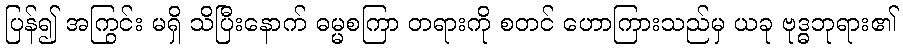
ပြန်၍ အကြွင်း မရှိ သိပြီးနောက် ဓမ္မစကြာ တရားကို စတင် ဟောကြားသည်မှ ယခု ဗုဒ္ဓဘုရား၏